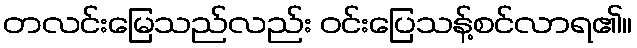
တလင်းမြေသည်လည်း ဝင်းပြေသန့်စင်လာရ၏။